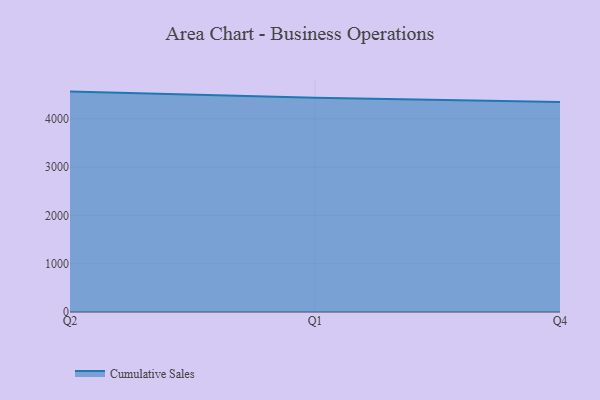
{"axis": {"x": "Quarter", "y": "Net Income (USD K)"}, "legend": ["Cumulative Sales"], "data": [{"x": "Q2", "y": 4562.7, "type": "Cumulative Sales"}, {"x": "Q1", "y": 4437.7, "type": "Cumulative Sales"}, {"x": "Q4", "y": 4348.1, "type": "Cumulative Sales"}]}